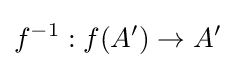
f^{-1}:f(A')\to A'